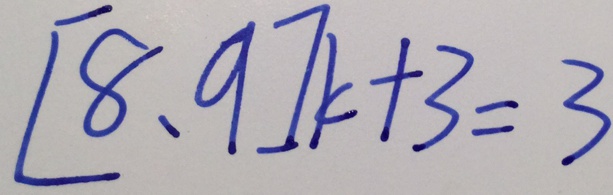
[ 8 , 9 ] k + 3 = 3